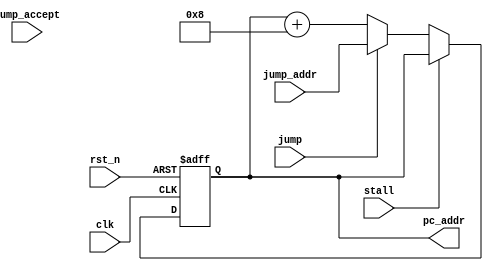
module PC_Control(
	// Input signals
	input wire 			clk,
	input wire 			rst_n,
	input wire			stall,
	input wire			jump,
	input wire			jump_accept,
	input wire [31:0]	jump_addr,
	// Output signal	
	output reg	[31:0]	pc_addr
);
	wire [31:0] next_pc = jump ? jump_addr : pc_addr + 32'd8;

	always @(posedge clk or negedge rst_n) begin
		if(!rst_n) begin
			pc_addr <= 32'd0;
		end
		else if(stall) begin
			pc_addr <= pc_addr;
		end
		else pc_addr <= next_pc;
	end

endmodule